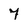
Character: 7